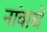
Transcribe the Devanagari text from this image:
नांवाचें